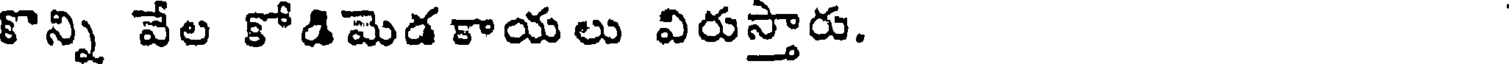
కొన్ని వేల కోడిమెడకాయలు విరుస్తారు.